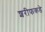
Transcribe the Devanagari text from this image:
शरीफकडे